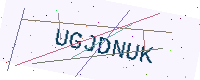
Text: UGJDNUK